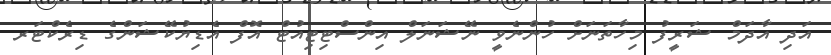
އަދި އާދަމް ޝަރީފު މިހާތަނަށް ހުންނެވީ ނޭޝަނަލް އިންސްޓިޓިއުޓް އޮފް އެޑިޔުކޭޝަންގެ ޑިރެކްޓަރ